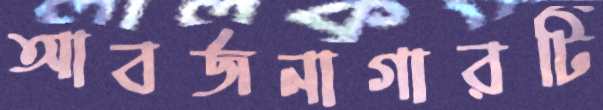
আবর্জনাগারটি